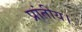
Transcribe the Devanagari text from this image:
प्रांतीय।